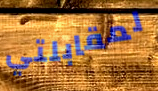
لمقابلتي